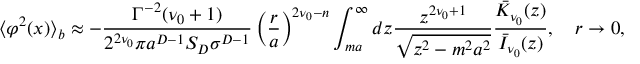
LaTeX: \langle \varphi ^ { 2 } ( x ) \rangle _ { b } \approx - \frac { \Gamma ^ { - 2 } ( \nu _ { 0 } + 1 ) } { 2 ^ { 2 \nu _ { 0 } } \pi a ^ { D - 1 } S _ { D } \sigma ^ { D - 1 } } \left( \frac { r } { a } \right) ^ { 2 \nu _ { 0 } - n } \int _ { m a } ^ { \infty } d z \frac { z ^ { 2 \nu _ { 0 } + 1 } } { \sqrt { z ^ { 2 } - m ^ { 2 } a ^ { 2 } } } \frac { \bar { K } _ { \nu _ { 0 } } ( z ) } { \bar { I } _ { \nu _ { 0 } } ( z ) } , \quad r \to 0 ,